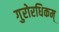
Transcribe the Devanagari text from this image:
गुरोरधिकम्